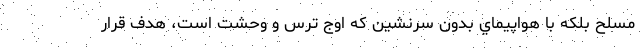
مسلح بلكه با هواپيماي بدون سرنشين كه اوج ترس و وحشت است، هدف قرار